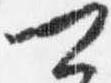
可